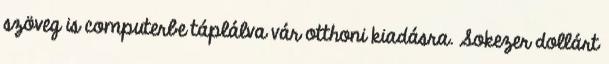
szöveg is computerbe táplálva vár otthoni kiadásra. Sokezer dollárt